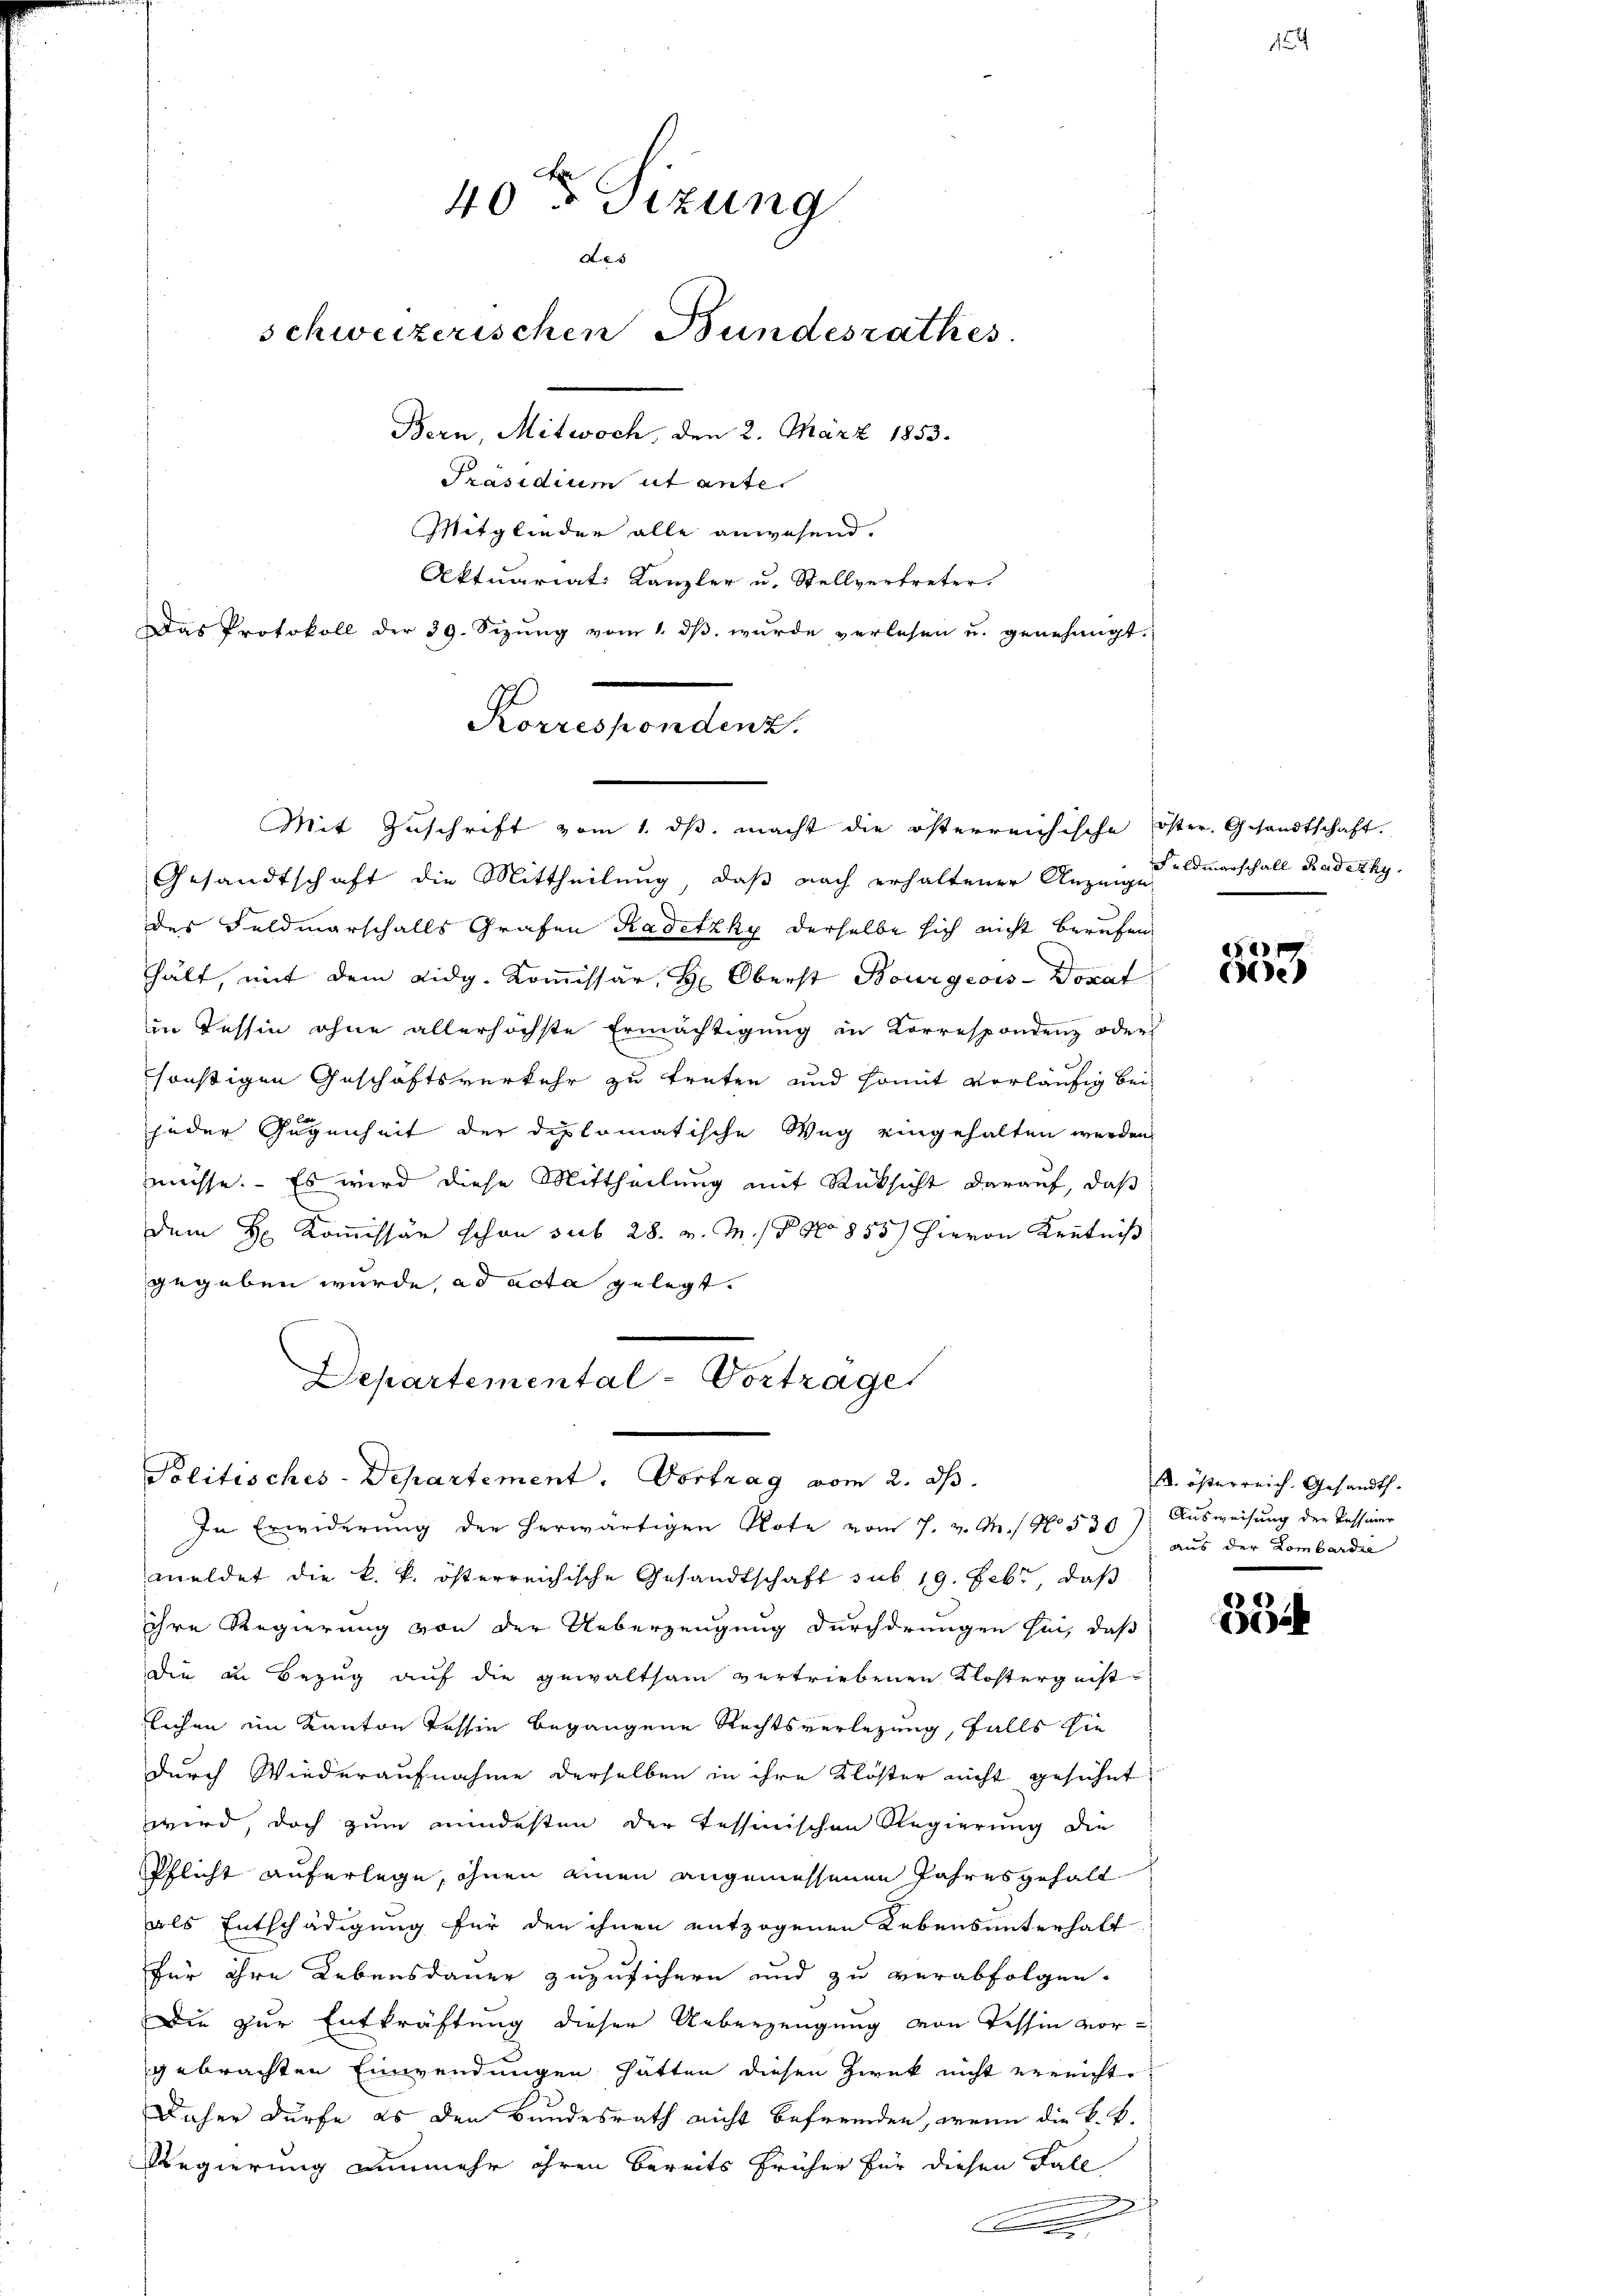
40ten Sizung
des
schweizerischen Bundesrathes.
Bern, Mitwoch, den 2. März 1853.
Präsidium ut ante.
Mitglieder alle anwesend.
Aktuariat Kanzler u. Stellvertreter
Das Protokoll der 39. Sezŭng vom 1. dβ. wurde verlesen u. genehmigt.

Korrespondenz.

Mit Zuschrift vom 1. dβ. macht die österreichische Oster. Gesandtschaft.

Politisches-Departement. Vortrag vom 2. ds.

Gesandtschaft die Mittheilung, daß nach erhaltener Anzeige marschall Radecky.
des Feldmarschalls Grafen Kadetzky derselbe sich nicht berufen,
hält, mit dem eidg. Koṁissär H: Oberst Bourgeois-Donat
in Tessin ohne allerhöchste Ermächtigŭng in Korrespondenz oder
sonstigen Geschäftsverkehr zu treten und somit vorläufig bei
jeder Gegenheit der diplomatische Weg eingehalten werden
müsse. Es wird diese Mittheilung mit Rücksicht darauf, daß
dem H. Kommissär schon sub 28. v. M. D No 855 hievon Kentniß
gegeben wurde, ad acta gelegt.
Departemental-Vortrage

In Erwiderung der herwärtigen Note vom 7. v. M. No. 539. Ausweisung der Passiner
meldet die k. k. österreichische Gesandtschaft sub 19. Febr, daß
ihre Regierung von der Ueberzeugung durchdrungen sei, daß
die in Bezug auf die gewaltsam vertriebenen Klostergeist-
lichen im Kanton Tessin begangene Rechtsverlegung, falls sie
durch Wiederaufnahme derselben in ihre Klöster nicht gesuchet
wird, doch zum mindesten der Tessinischen Regierung die
Pflicht auferlege, ohnen einen angemessenen Jahres gehalt
als Entschädigung für den ihnen entzogenen Lebensunterhalt
für ihre Lebensdauer zuzusichern und zu verabfolgen.
Die zur Entkräftung dieser Ueberzeugung von Tessin vorgebrachten Einwendungen hätten diesen Zweck nicht erreicht.
Daher dürfe es den Bundesrath nicht befremden, wenn die k. k.
Regierung nunmehr ihren bereits früher für diesen Fall

.

Ge

A. österreich. Gesandt.
aus der Lombardie

124

236.
f